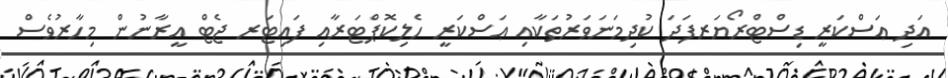
އަދި ޢަސްކަރީ ޑިސްޓްރޯޔަރފަދަ ކުދިމަނަވަރުތަކާއި ޢަސްކަރީ ހެލިކޮޕްޓަރާއި ފައިޓަރ ޖެޓް އީރާނުން މިހާރުވެސް